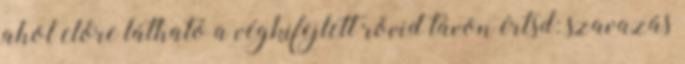
ahol előre látható a végkifejlett rövid távon értsd: szavazás